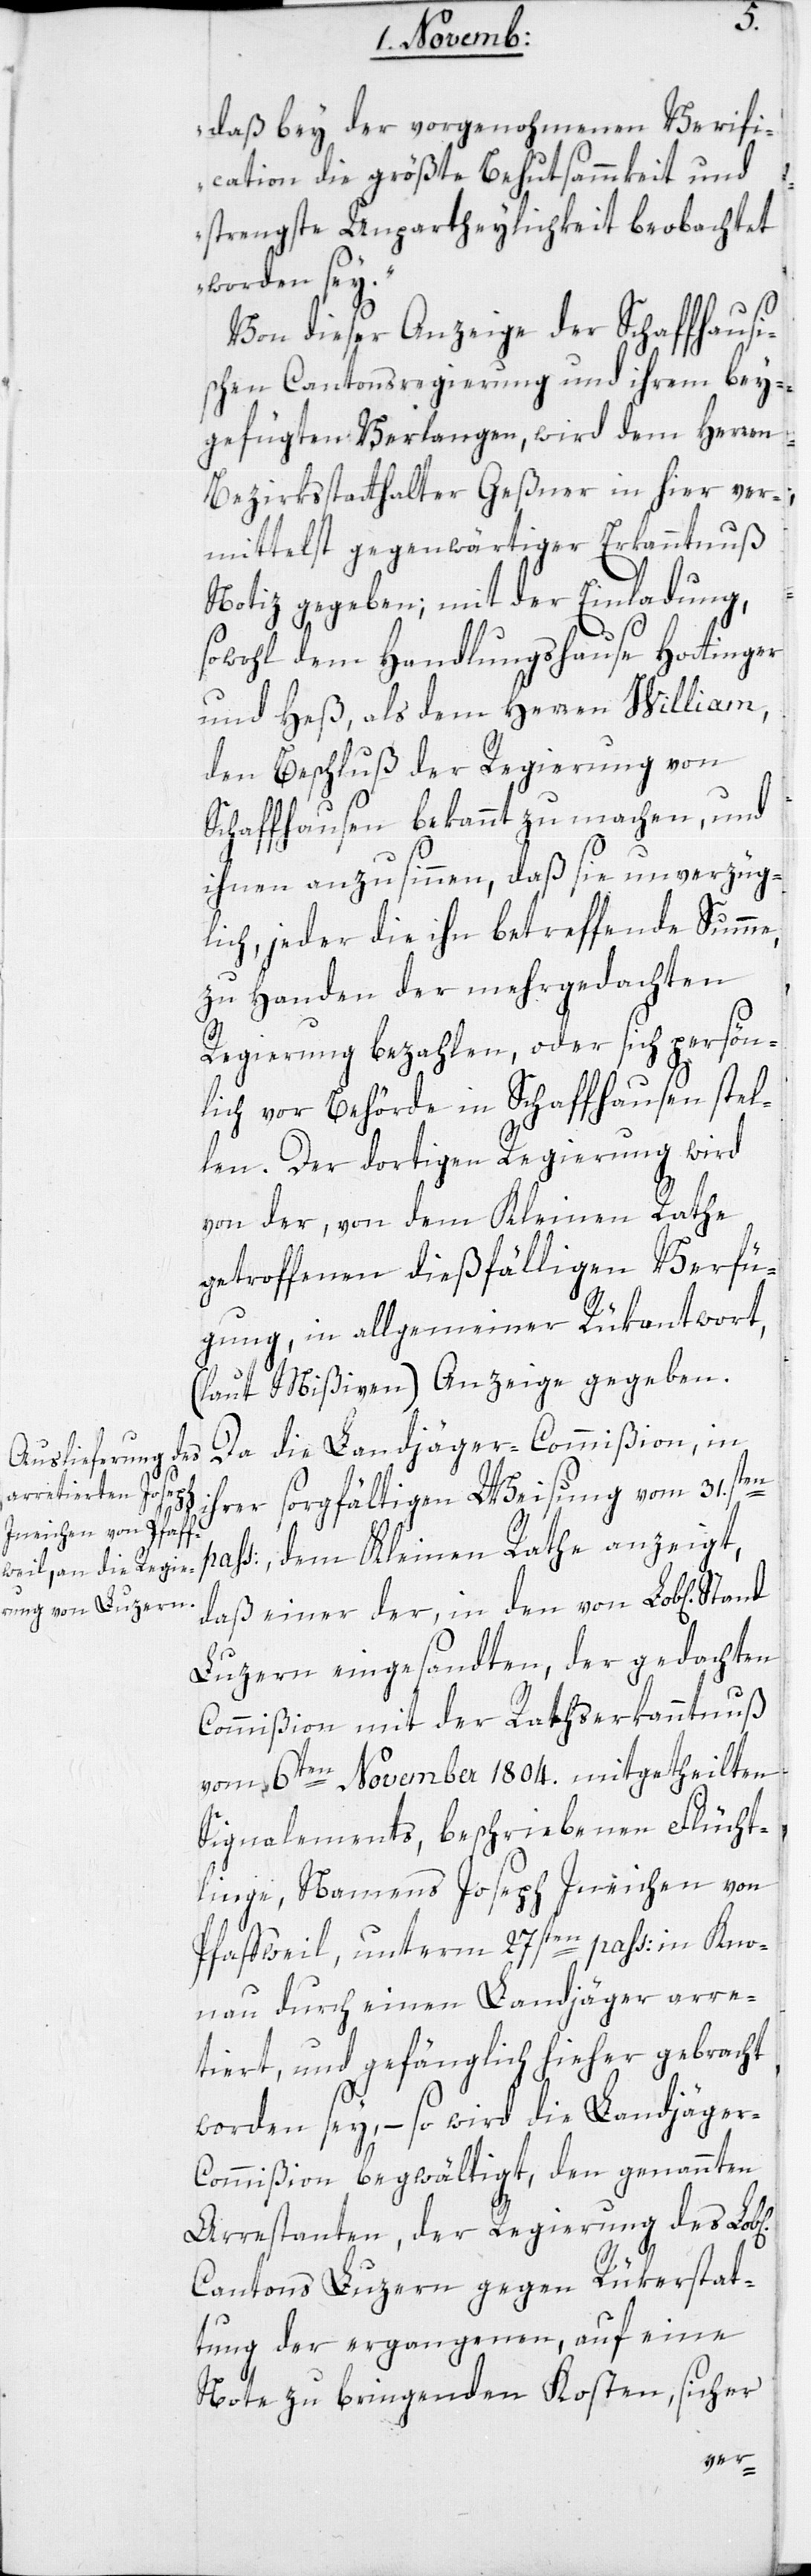
pa¬

daß bey der vorgenohmenen Verifi¬
cation die größte Behutsammkeit und
strengste Unpartheylichkeit beobachtet
worden sey.“
Von dieser Anzeige der Schaffhausi¬
schen Cantonsregierung und ihrem bey¬
gefügten Verlangen, wird dem Herren
Bezirksstatthalter Geßner in hier ver¬
mittelst gegenwärtiger Erkanntnuß,
Notiz gegeben; mit der Einladung,
sowohl dem Handlungshause Hottinger
und Heß, als dem Herren William,
den Beschluß der Regierung von
Schaffhausen bekannt zu machen, und
ihnen anzusinnen, daß sie unverzüg¬
lich, jeder die ihn betreffende Summe,
zu Handen der mehrgedachten
Regierung bezahlen, oder sich persön¬
lich vor Behörde in Schaffhausen stel¬
len. Der dortigen Regierung wird
von der, von dem Kleinen Rathe
getroffenen dießfälligen Verfü¬
gung, in allgemeiner Rükantwort,
(laut Mißiven) Anzeige gegeben.
Da die Landjäger-Commißion in
ihrer sorgfältigen Weisung vom 31sten
ss:, dem Kleinen Rathe anzeigt,
daß einer der, in den von Lob[lichen]
Luzern eingesandten, der gedachten
Kommißion mit der Rathserkanntnuß
vom 6ten November 1804. mitgetheilten
Signalements, beschriebenen Flücht¬
linge, namens Joseph Ineichen von
Pfaffweil, unterm 27sten pass: in Kno¬
nau durch einen Landjäger arre¬
tiert, und gefänglich hieher gebracht
worden sey, – so wird die Landjäger-C¬
ommißion begwältigt, den genannten
Arrestanten, der Regierung des
Cantons Luzern gegen Rükerstat¬
tung der ergangenen, auf eine
Note zu bringenden Kosten, sicher